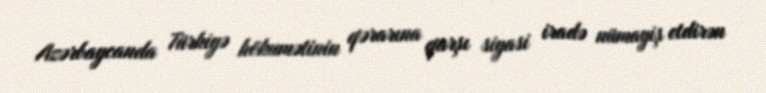
Azərbaycanda Türkiyə hökumətinin qərarına qarşı siyasi iradə nümayiş etdirən